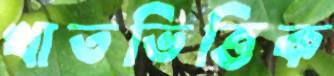
খাতভিত্তিক